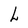
Character: h